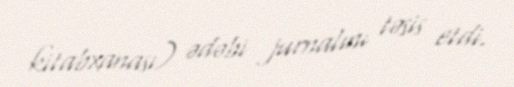
kitabxanası) ədəbi jurnalını təsis etdi.